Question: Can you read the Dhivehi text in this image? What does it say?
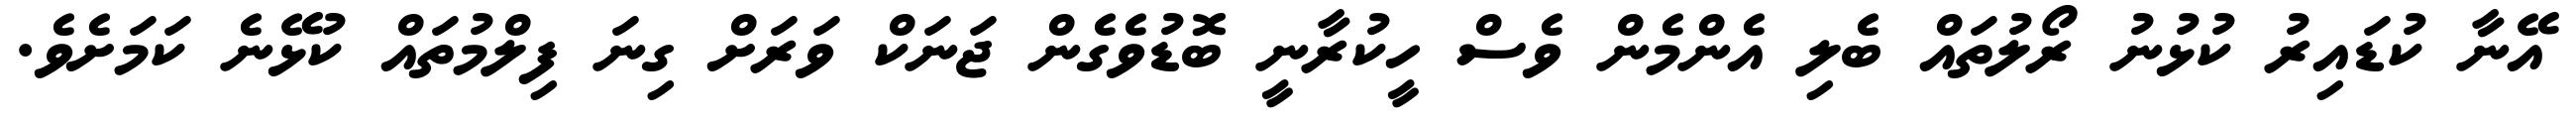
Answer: އޭނާ ކުޑައިރު ކުޅުނު ރޯލުތައް ބެލި އެންމެން ވެސް ހީކުރާނީ ބޮޑުވެގެން ޖަނަކް ވަރަށް ގިނަ ފިލްމުތައް ކުޅޭނެ ކަމަށެވެ.